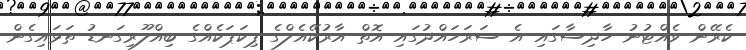
ކެރޭން ވެއްޓުނު ހާދިސާގައި އެ ސަރަހައްދުގައި އޮތް އާރުކޭއެލްގެ ޕިކަޕަކެއްގެ ބިއްލޫރިގަނޑު ތަޅައިގެން